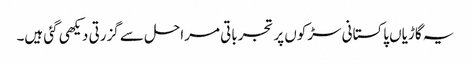
یہ گاڑیاں پاکستانی سڑکوں پر تجرباتی مراحل سے گزرتی دیکھی گئی ہیں۔